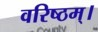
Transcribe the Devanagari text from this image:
वरिष्ठम्‌।